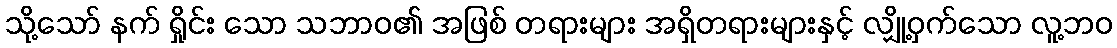
သို့သော် နက် ရှိုင်း သော သဘာဝ၏ အဖြစ် တရားများ အရှိတရားများနှင့် လျှို့ဝှက်သော လူ့ဘဝ